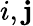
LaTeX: i,\mathbf{j}